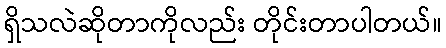
ရှိသလဲဆိုတာကိုလည်း တိုင်းတာပါတယ်။